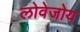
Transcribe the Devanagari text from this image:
लोवेजोय